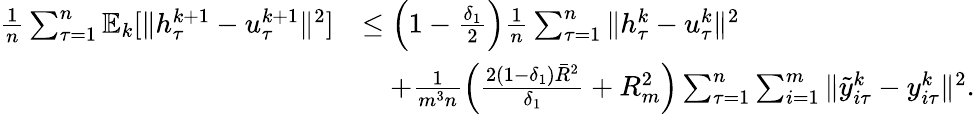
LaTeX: \begin{array}{rl}{\frac{1}{n}\sum_{\tau=1}^{n}\mathbb{E}_{k}[\| h_{\tau}^{k+1}-u_{\tau}^{k+1}\| ^{2}]}&{\leq\left(1-\frac{\delta_{1}}{2}\right)\frac{1}{n}\sum_{\tau=1}^{n}\| h_{\tau}^{k}-u_{\tau}^{k}\| ^{2}}\\ &{\quad+\frac{1}{m^{3}n}\left(\frac{2(1-\delta_{1}){\bar{R}}^{2}}{\delta_{1}}+R_{m}^{2}\right)\sum_{\tau=1}^{n}\sum_{i=1}^{m}\| {\tilde{y}}_{i\tau}^{k}-y_{i\tau}^{k}\| ^{2}.}\end{array}